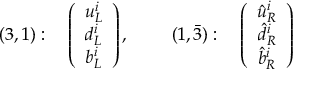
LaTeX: ( 3 , 1 ) : \quad \left( \begin{array} { c } { { u _ { L } ^ { i } } } \\ { { d _ { L } ^ { i } } } \\ { { b _ { L } ^ { i } } } \end{array} \right) , ~ ~ ~ ~ \quad ( 1 , \bar { 3 } ) : \quad \left( \begin{array} { c } { { \hat { u } _ { R } ^ { i } } } \\ { { \hat { d } _ { R } ^ { i } } } \\ { { \hat { b } _ { R } ^ { i } } } \end{array} \right)